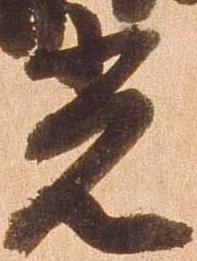
光